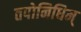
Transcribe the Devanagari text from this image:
तपोनिधिम्